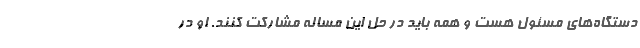
دستگاه‌های مسئول هست و‌ همه باید در حل این مساله مشارکت کنند. او در